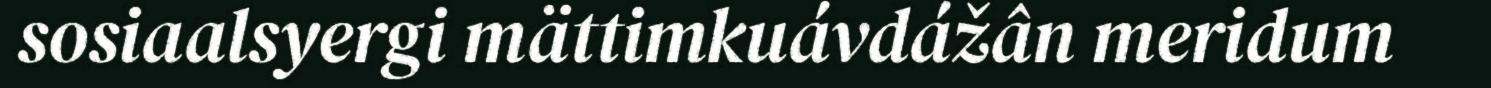
sosiaalsyergi mättimkuávdážân meridum